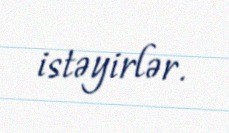
istəyirlər.